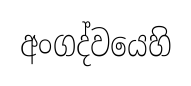
අංගද්වයෙහි